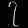
Digit: ၇